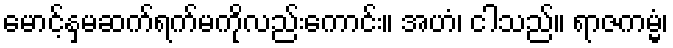
မောင့်နှမဆက်ရက်မကိုလည်းကောင်း။ အဟံ၊ ငါသည်။ ရာဇကမ္မံ၊